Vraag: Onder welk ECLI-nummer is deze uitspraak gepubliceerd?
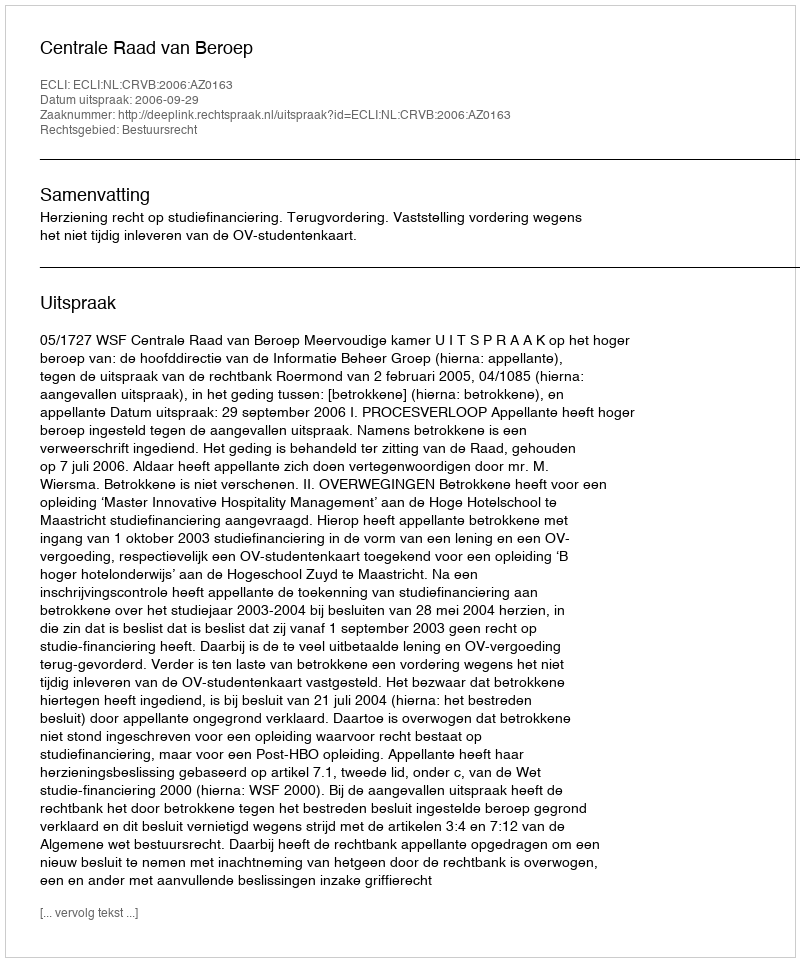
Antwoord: ECLI:NL:CRVB:2006:AZ0163